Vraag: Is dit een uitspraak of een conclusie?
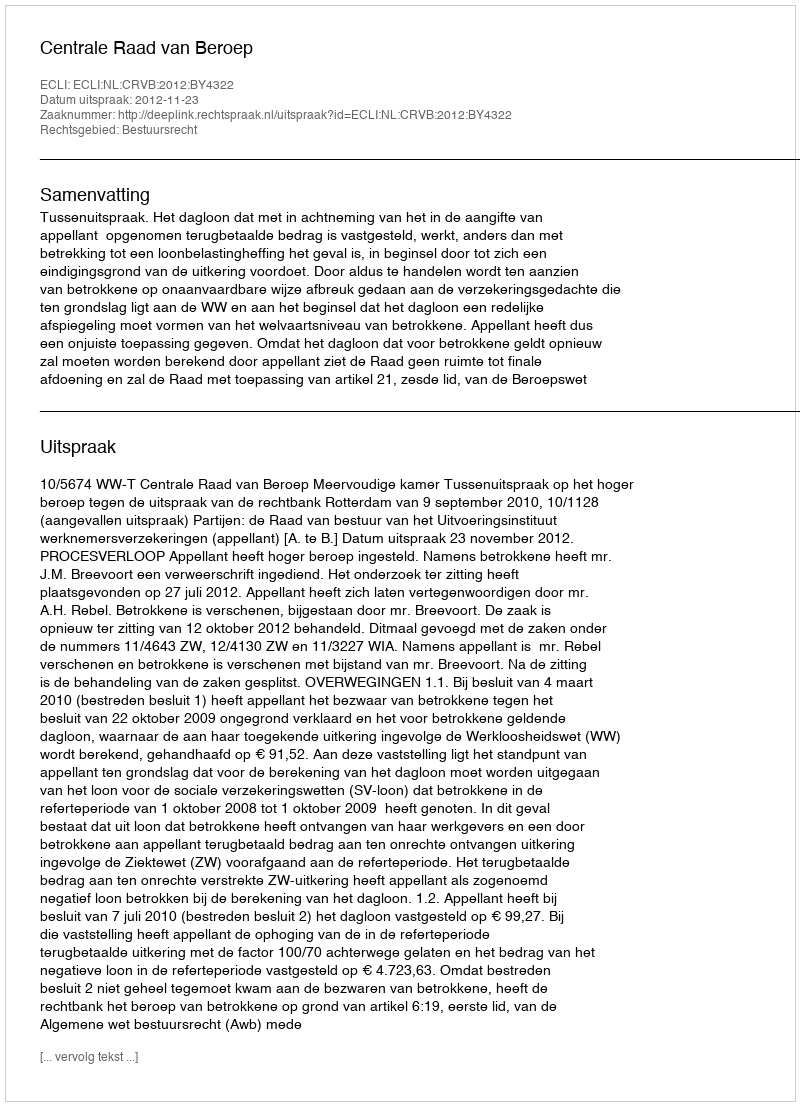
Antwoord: Uitspraak